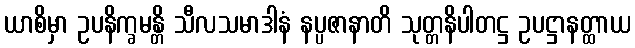
ယာစိမှာ ဥပနိက္ခမန္တိ သီလသမာဒါနံ နပ္ပဇာနာတိ သုတ္တနိပါတဋ္ဌ ဥပဋ္ဌာနတ္ထာယ